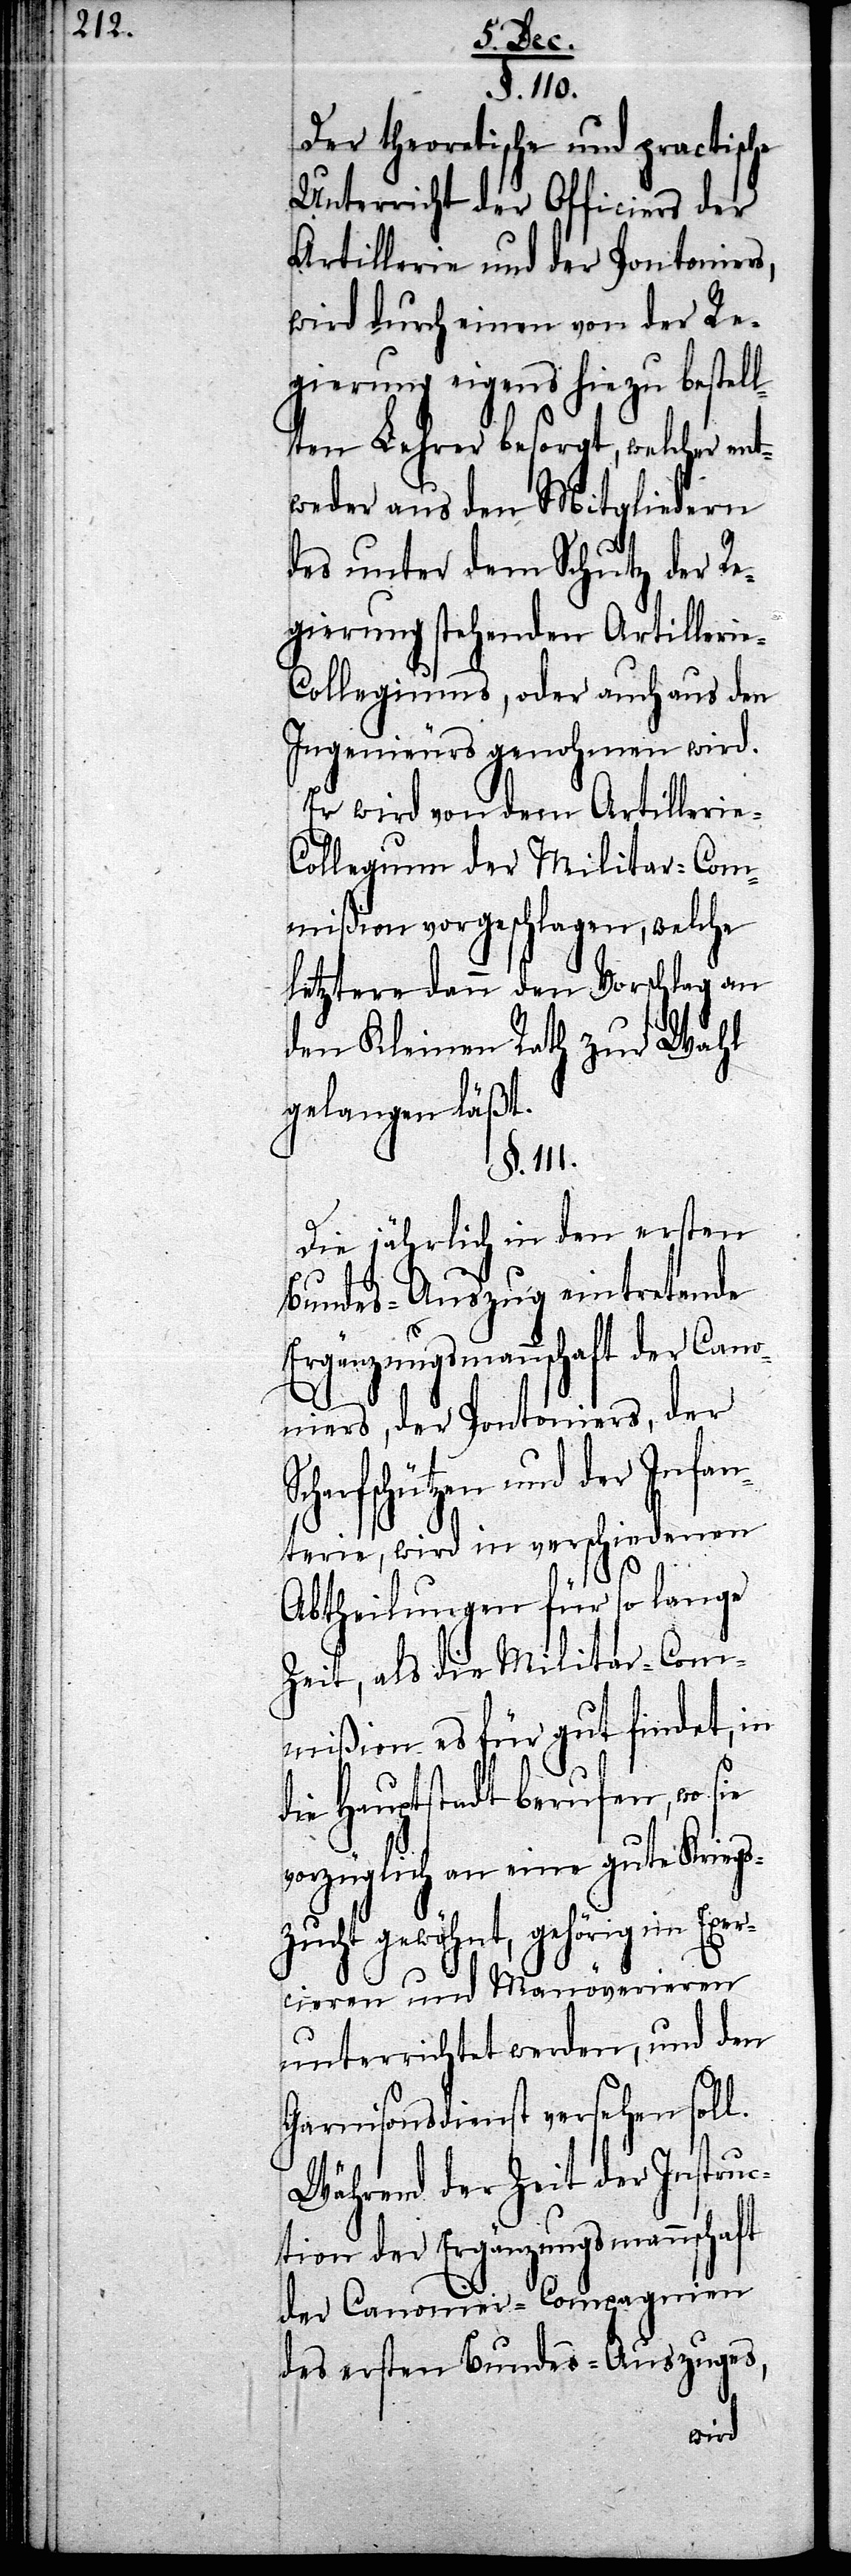
Scharf¬
§. 110.
Der theoretische und practische
Unterricht der Officiers der
Artillerie und der Pontoniers,
wird durch einen von der Re¬
gierung eigens hiezu bestell¬
ten Lehrer besorgt, welcher ent¬
weder aus den Mitgliedern
des unter dem Schutz der Re¬
gierung stehenden Artillerie-C¬
ollegiums, oder auch aus den
Ingenieurs genohmen wird.
Er wird von dem Artillerie-C¬
ollegium der Militar-Com¬
mißion vorgeschlagen, welche
letztere dann den Vorschlag an
den Kleinen Rath zur Wahl
gelangen läßt.
§. 111.
Die jährlich in den ersten
Bundes-Auszug eintretende
Ergänzungsmannschaft der Cano¬
niers, der Pontoniers, der
schützen und der Infa¬
nterie, wird in verschiedenen
gs¬
Abtheilungen für so lange
Zeit, als die Militar-Com¬
mißion es für gut findet, in
die Hauptstadt berufen, wo sie
orzüglich an eine gute Krie¬
zucht gewöhnt, gehörig im Exer¬
cieren und Manövrieren
unterrichtet werden, und den
Garnisonsdienst versehen soll.
Während der Zeit der Instruc¬
tion der Ergänzungsmannschaft
der Canonier-Compagnien
des ersten Bundes-Auszuges,